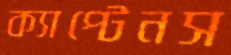
ক্যাপ্টেনস